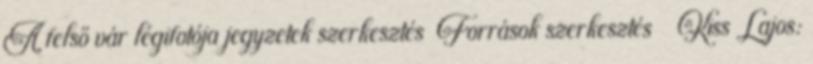
A felső vár légifotója jegyzetek szerkesztés Források szerkesztés ↑ Kiss Lajos: